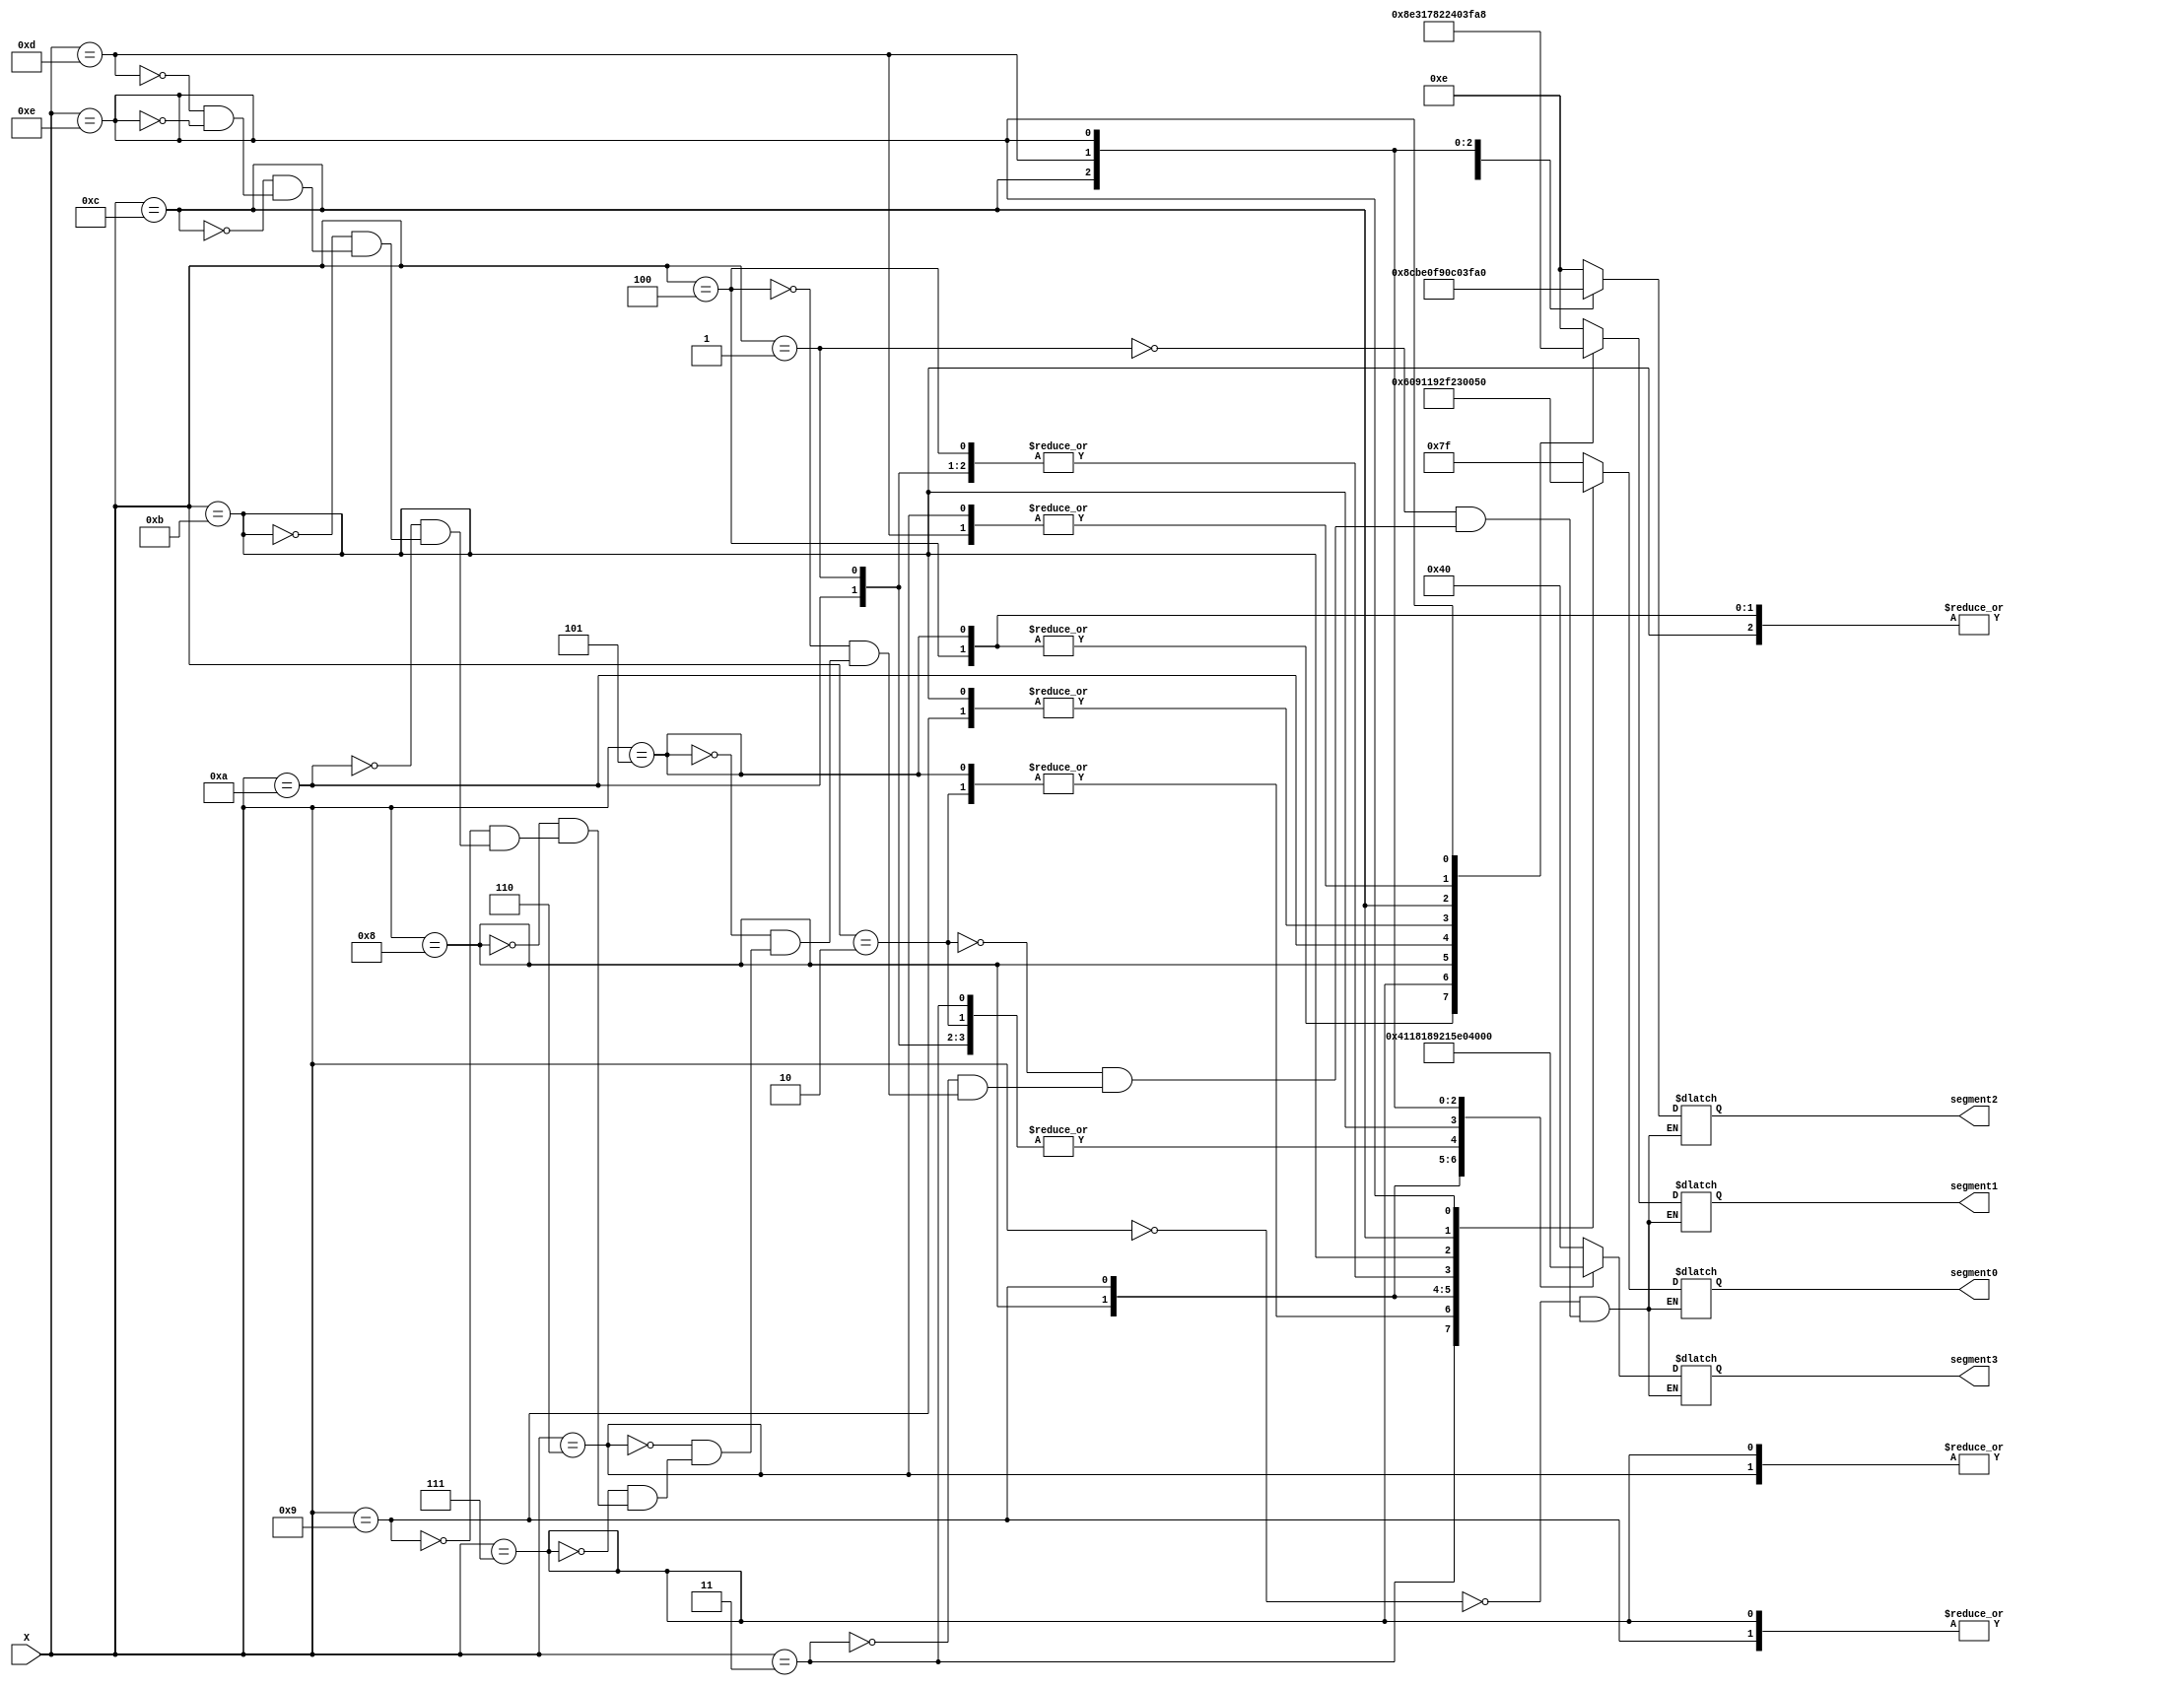
//////////////////////////////////////////////////////////////////////////////////
// Joo Bittencourt
// Nov 2018
//////////////////////////////////////////////////////////////////////////////////

`timescale 1ns / 1ps

module dec7seg(
   input  [3:0] X,
   output [6:0] segment0,
   output [6:0] segment1,
   output [6:0] segment2,
   output [6:0] segment3
);

	reg [6:0] seg0,seg1,seg2,seg3;
	
	always@ (*) begin
		case(X)
		0:begin // OFF
		seg0 = ~(7'b0000000);
		seg1 = ~(7'b1110001);
		seg2 = ~(7'b1110001);
		seg3 = ~(7'b0111111);
		end
		1:begin // DIF1
		seg0 = ~(7'b0000110);
		seg1 = ~(7'b1110001);
		seg2 = ~(7'b0000110);
		seg3 = ~(7'b1011110);
		end
		2:begin // DIF2
		seg0 = ~(7'b1011011);
		seg1 = ~(7'b1110001);
		seg2 = ~(7'b0000110);
		seg3 = ~(7'b1011110);
		end
		
		3:begin // DIF3
		seg0 = ~(7'b1001111);
		seg1 = ~(7'b1110001);
		seg2 = ~(7'b0000110);
		seg3 = ~(7'b1011110);
		end
		4:begin // VEL1
		seg0 = ~(7'b0000110);
		seg1 = ~(7'b0111000);
		seg2 = ~(7'b1111001);
		seg3 = ~(7'b0111110);
		end
		5:begin // VEL 2
		seg0 = ~(7'b1011011);
		seg1 = ~(7'b0111000);
		seg2 = ~(7'b1111001);
		seg3 = ~(7'b0111110);
		end
		6:begin //PC
		seg0 = ~(7'b0000000);
		seg1 = ~(7'b0000000);
		seg2 = ~(7'b0111001);
		seg3 = ~(7'b1110011);
		end
		7:begin	// PVP
		seg0 = ~(7'b0000000);
		seg1 = ~(7'b1110011);
		seg2 = ~(7'b0111110);
		seg3 = ~(7'b1110011);
		end
		8:begin	// Erro
		seg0 = ~(7'b1011100);
		seg1 = ~(7'b1010000);
		seg2 = ~(7'b1010000);
		seg3 = ~(7'b1111001);
		end
		9:begin	// Suss
		seg0 = ~(7'b1101101);
		seg1 = ~(7'b1101101);
		seg2 = ~(7'b0111110);
		seg3 = ~(7'b1101101);
		end
		10:begin // Digi
		seg0 = ~(7'b0000110);
		seg1 = ~(7'b1111101);
		seg2 = ~(7'b0000110);
		seg3 = ~(7'b1011110);
		end
		11:begin	// Resp
		seg0 = ~(7'b1110011);
		seg1 = ~(7'b1101101);
		seg2 = ~(7'b1111001);
		seg3 = ~(7'b1010000);
		end
		12:begin //0000
		seg0 = ~(7'b1111111);
		seg1 = ~(7'b1111111);
		seg2 = ~(7'b1111111);
		seg3 = ~(7'b1111111);
		end
		13:begin //Desligado
		seg0 = ~(7'b0000000);
		seg1 = ~(7'b0000000);
		seg2 = ~(7'b0000000);
		seg3 = ~(7'b0000000);
		end
		14:begin //Cont
		seg0 = ~(7'b0110001);
		seg1 = ~(7'b1010100);
		seg2 = ~(7'b1011100);
		seg3 = ~(7'b0111001);
		end
		
	
		endcase
	end
	
	assign segment0 = seg0;
	assign segment1 = seg1;
	assign segment2 = seg2;
	assign segment3 = seg3;


endmodule